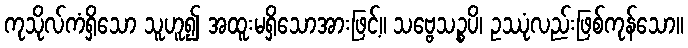
ကုသိုလ်ကံရှိသော သူဟူ၍ အထူးမရှိသောအားဖြင့်။ သဗ္ဗေသဉ္စပိ၊ ဥဿုံလည်းဖြစ်ကုန်သော။